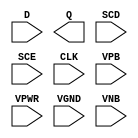
module sky130_fd_sc_ls__sdfxtp (
    //# {{data|Data Signals}}
    input  D   ,
    output Q   ,

    //# {{scanchain|Scan Chain}}
    input  SCD ,
    input  SCE ,

    //# {{clocks|Clocking}}
    input  CLK ,

    //# {{power|Power}}
    input  VPB ,
    input  VPWR,
    input  VGND,
    input  VNB
);
endmodule